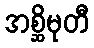
အစ္ဆိမုတီ